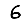
Digit: 6